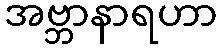
အဗ္ဘာနာရဟာ